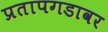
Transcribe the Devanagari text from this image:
प्रतापगडावर